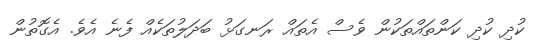
ކުދި ކުދި ކަންތައްތަކުން ވެސް އެތައް ރަނގަޅު ބަދަލުތަކެއް ފެނެ އެވެ. އެގޮތުން